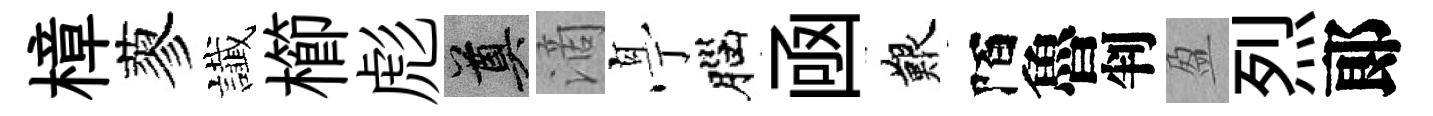
樟蓼䜟櫛彪奠滴𠅘腦凾艱陌魯判盈烈郞